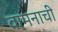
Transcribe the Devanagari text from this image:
वामनाची